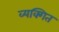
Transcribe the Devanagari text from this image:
व्यक्गित